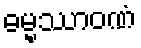
ဓမ္မဿာဝဏံ